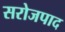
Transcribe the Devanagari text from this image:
सरोजपाद